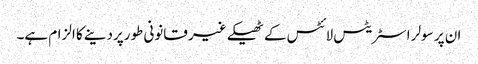
ان پر سولر اسٹریٹس لائٹس کے ٹھیکے غیر قانونی طورپردینے کا الزام ہے۔